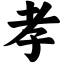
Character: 孝